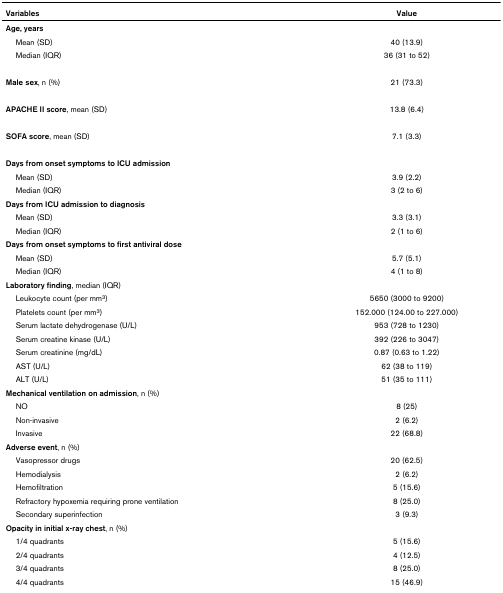
<table><thead><tr><td><b>Variables</b></td><td><b>Value</b></td></tr></thead><tbody><tr><td><b>Age, years</b></td><td></td></tr><tr><td> Mean (SD)</td><td>40 (13.9)</td></tr><tr><td> Median (IQR)</td><td>36 (31 to 52)</td></tr><tr><td><b>Male sex</b>, n (%)</td><td>21 (73.3)</td></tr><tr><td><b>APACHE II score</b>, mean (SD)</td><td>13.8 (6.4)</td></tr><tr><td><b>SOFA score</b>, mean (SD)</td><td>7.1 (3.3)</td></tr><tr><td><b>Days from onset symptoms to ICU admission</b></td><td></td></tr><tr><td> Mean (SD)</td><td>3.9 (2.2)</td></tr><tr><td> Median (IQR)</td><td>3 (2 to 6)</td></tr><tr><td><b>Days from ICU admission to diagnosis</b></td><td></td></tr><tr><td> Mean (SD)</td><td>3.3 (3.1)</td></tr><tr><td> Median (IQR)</td><td>2 (1 to 6)</td></tr><tr><td><b>Days from onset symptoms to first antiviral dose</b></td><td></td></tr><tr><td> Mean (SD)</td><td>5.7 (5.1)</td></tr><tr><td> Median (IQR)</td><td>4 (1 to 8)</td></tr><tr><td><b>Laboratory finding</b>, median (IQR)</td><td></td></tr><tr><td> Leukocyte count (per mm<sup>3</sup>)</td><td>5650 (3000 to 9200)</td></tr><tr><td> Platelets count (per mm<sup>3</sup>)</td><td>152.000 (124.00 to 227.000)</td></tr><tr><td> Serum lactate dehydrogenase (U/L)</td><td>953 (728 to 1230)</td></tr><tr><td> Serum creatine kinase (U/L)</td><td>392 (226 to 3047)</td></tr><tr><td> Serum creatinine (mg/dL)</td><td>0.87 (0.63 to 1.22)</td></tr><tr><td> AST (U/L)</td><td>62 (38 to 119)</td></tr><tr><td> ALT (U/L)</td><td>51 (35 to 111)</td></tr><tr><td><b>Mechanical ventilation on admission</b>, n (%)</td><td></td></tr><tr><td> NO</td><td>8 (25)</td></tr><tr><td> Non-invasive</td><td>2 (6.2)</td></tr><tr><td> Invasive</td><td>22 (68.8)</td></tr><tr><td><b>Adverse event</b>, n (%)</td><td></td></tr><tr><td> Vasopressor drugs</td><td>20 (62.5)</td></tr><tr><td> Hemodialysis</td><td>2 (6.2)</td></tr><tr><td> Hemofiltration</td><td>5 (15.6)</td></tr><tr><td> Refractory hypoxemia requiring prone ventilation</td><td>8 (25.0)</td></tr><tr><td> Secondary superinfection</td><td>3 (9.3)</td></tr><tr><td><b>Opacity in initial x-ray chest</b>, n (%)</td><td></td></tr><tr><td> 1/4 quadrants</td><td>5 (15.6)</td></tr><tr><td> 2/4 quadrants</td><td>4 (12.5)</td></tr><tr><td> 3/4 quadrants</td><td>8 (25.0)</td></tr><tr><td> 4/4 quadrants</td><td>15 (46.9)</td></tr></tbody></table>